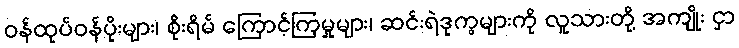
ဝန်ထုပ်ဝန်ပိုးများ၊ စိုးရိမ် ကြောင့်ကြမှုများ၊ ဆင်းရဲဒုက္ခများကို လူသားတို့ အကျိုး ငှာ